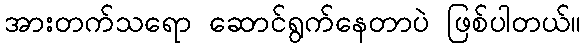
အားတက်သရော ဆောင်ရွက်နေတာပဲ ဖြစ်ပါတယ်။